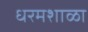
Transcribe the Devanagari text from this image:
धरमशाळा